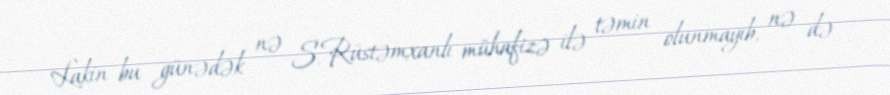
Lakin bu günədək nə S.Rüstəmxanlı mühafizə ilə təmin olunmayıb, nə də